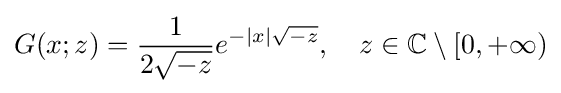
G(x;z)={\frac {1}{2{\sqrt {-z}}}}e^{-|x|{\sqrt {-z}}},\quad z\in \mathbb {C} \setminus [0,+\infty )